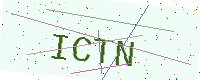
Text: ICTN